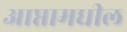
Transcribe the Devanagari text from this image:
आप्तामधील